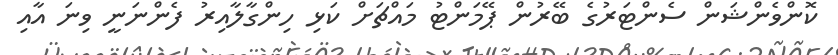
ކޮންވެންޝަން ސެންޓަރުގެ ބޭރުން ޕޭމަންޓު މައްޗަށް ކަޅި ހިންގާލާއިރު ފެންނަނީ ވިނަ އާއި